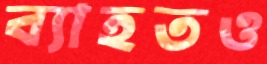
ব্যাহতও